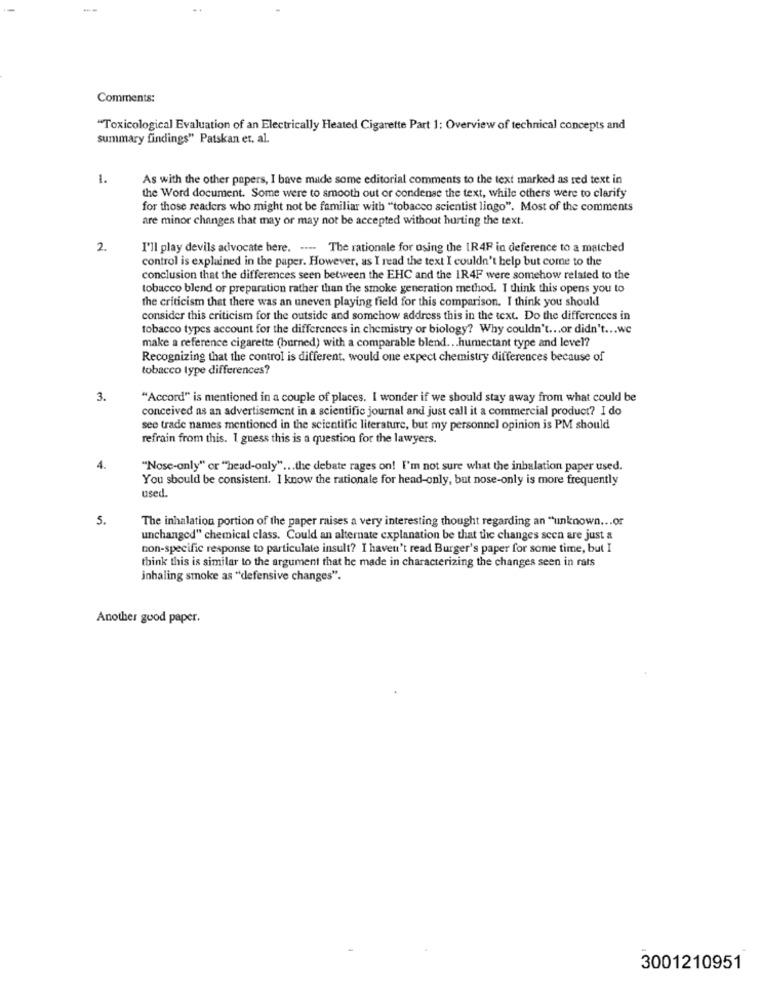
Comments:
"Toxicological Evaluation of an Electrically Heated Cigarette Part 1: Overview of technical concepts and
summary findings" Patskan et. al.
1.
As with the other papers, I bave made some editorial comments to the text marked as red text in
the Word document. Some were to smooth out or condense the text, while others were to clarify
for those readers who might not be familiar with "tobacco scientist lingo". Most of the comments
are minor changes that may or may not be accepted without hurting the text.
2.
I'll play devils advocate here. ---- The rationale for using the IR4F in deference to a matched
control is explained in the paper. However, as I read the text I couldn't help but come to the
conclusion that the differences seen between the EHC and the 1R4F were somehow related to the
tobacco blend or preparation rather than the smoke generation method. I think this opens you to
the criticism that there was an uneven playing field for this comparison. I think you should
consider this criticism for the outside and somchow address this in the text. Do the differences in
tobacco types account for the differences in chemistry or biology? Why couldn't ... or didn't ... we
make a reference cigarette (burned) with a comparable blend ... humectant type and level?
Recognizing that the control is different, would one expect chemistry differences because of
tobacco type differences?
3.
"Accord" is mentioned in a couple of places. I wonder if we should stay away from what could be
conceived as an advertisement in a scientific journal and just call it a commercial product? I do
see trade names mentioned in the scientific literature, but my personnel opinion is PM should
refrain from this. I guess this is a question for the lawyers.
4.
"Nose-only" or "head-only" ... the debate rages on! I'm not sure what the inbalation paper used.
You should be consistent. I know the rationale for head-only, but nose-only is more frequently
used.
5.
The inhalation portion of the paper raises a very interesting thought regarding an "unknown ... or
unchanged" chemical class. Could an alternate explanation be that the changes scen are just &
non-specific response to particulate insult? I haven't read Burger's paper for some time, but I
think this is similar to the argument that he made in characterizing the changes seen in rats
inhaling smoke as "defensive changes".
Another good paper.
3001210951